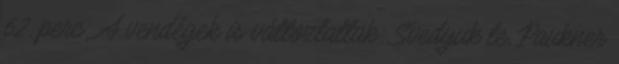
62. perc: A vendégek is változtattak: Svedyuk le, Paukner